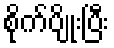
စိုက်ပျိုးပြီး